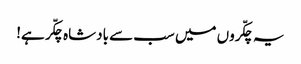
یہ چکّروں میں سب سے بادشاہ چکّر ہے!